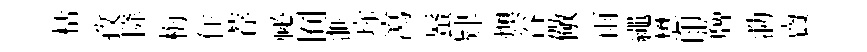
栝孜降梅住荐祕囿滙珎瀉蜃肄燠谷儆雨繩懋印簰泐𧶠